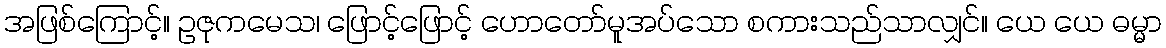
အဖြစ်ကြောင့်။ ဥဇုကမေသ၊ ဖြောင့်ဖြောင့် ဟောတော်မူအပ်သော စကားသည်သာလျှင်။ ယေ ယေ ဓမ္မာ